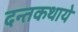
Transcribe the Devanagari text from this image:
दन्तकथाये